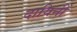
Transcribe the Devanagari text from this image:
दायिनीं